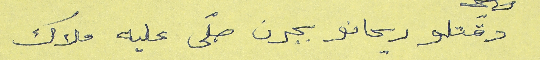
دقتلو ريحانو بجرن صلّى عليه ملاك